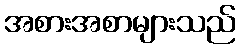
အစားအစာများသည်